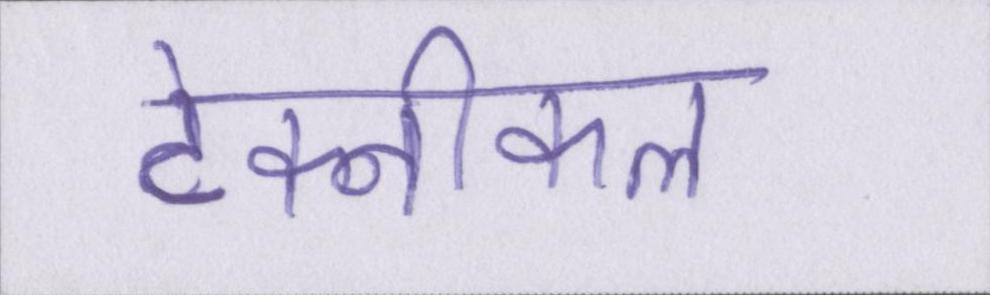
टेक्नीकल